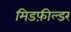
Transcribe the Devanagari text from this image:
मिडफ़ील्डर